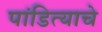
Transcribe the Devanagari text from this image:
पांडित्याचे